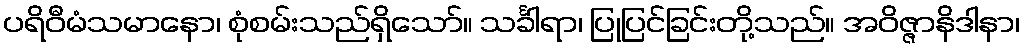
ပရိဝီမံသမာနော၊ စုံစမ်းသည်ရှိသော်။ သင်္ခါရာ၊ ပြုပြင်ခြင်းတို့သည်။ အဝိဇ္ဇာနိဒါနာ၊